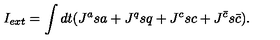
I _ { e x t } = \int d t ( J ^ { a } s a + J ^ { q } s q + J ^ { c } s c + J ^ { { \bar { c } } } s { \bar { c } } ) .